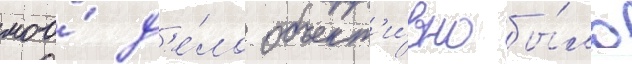
моо́ д'е́ло объект'и́вно бы́ло